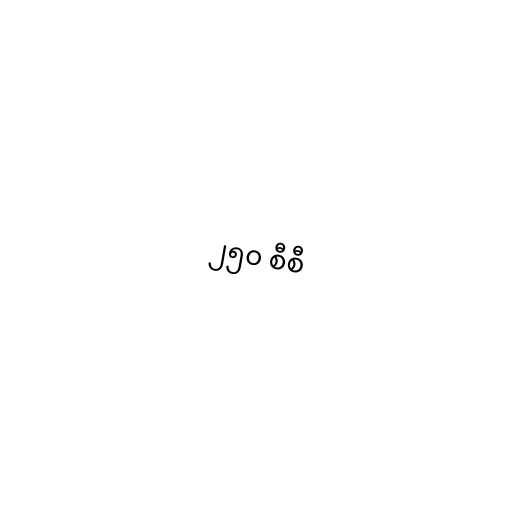
၂၅၀ စီစီ